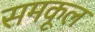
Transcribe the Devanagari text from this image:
समकूल